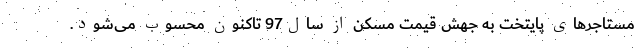
مستاجرهای پایتخت به جهش قیمت مسکن از سال97 تاکنون محسوب می‌‌شود.